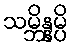
သမ္ဘိန္နမ္ပိ